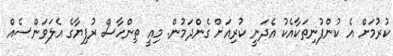
ކުރުމަށް އެ ކުންފުނިތަކާއެކު އެދަނީ ކުރިއަށް ގެންދަމުން. މިއީ ތިންހާސް ރުފިޔާގެ އެލަވަންސެއް